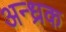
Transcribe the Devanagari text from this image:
अन्ध्रक